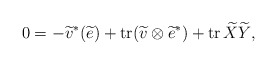
\begin{align*}0 = -{\widetilde{v}}^{\ast }(\widetilde{e}) + \mathrm{tr}(\widetilde{v} \otimes {\widetilde{e}}^{\ast }) + \mathrm{tr}\, \widetilde{X} \widetilde{Y}, \end{align*}